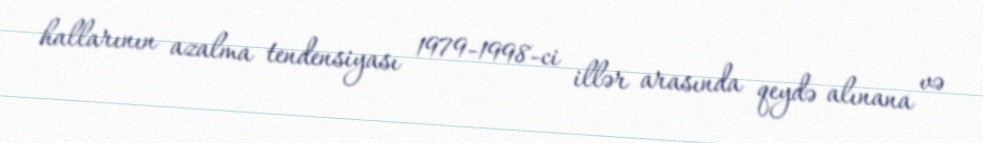
hallarının azalma tendensiyası 1979-1998-ci illər arasında qeydə alınana və